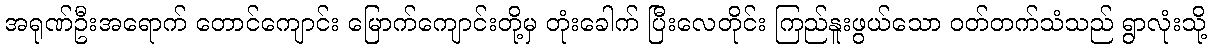
အရုဏ်ဦးအရောက် တောင်ကျောင်း မြောက်ကျောင်းတို့မှ တုံးခေါက် ပြီးလေတိုင်း ကြည်နူးဖွယ်သော ဝတ်တက်သံသည် ရွာလုံးသို့